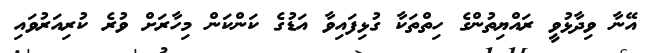
އޭނާ ވިދާޅުވީ ރައްޔިތުންގެ ހިތްތަކާ ގުޅިފައިވާ އަޑުގެ ކަންކަން މިހާރަށް ވުރެ ކުރިއަރުވައި